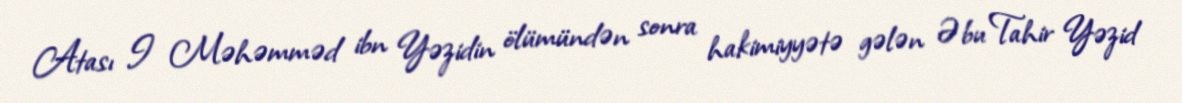
Atası I Məhəmməd ibn Yəzidin ölümündən sonra hakimiyyətə gələn Əbu Tahir Yəzid